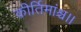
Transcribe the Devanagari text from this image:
कीर्तिमांश्च।।